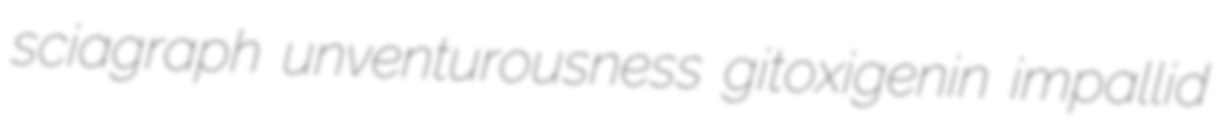
sciagraph unventurousness gitoxigenin impallid